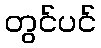
တွင်ပင်